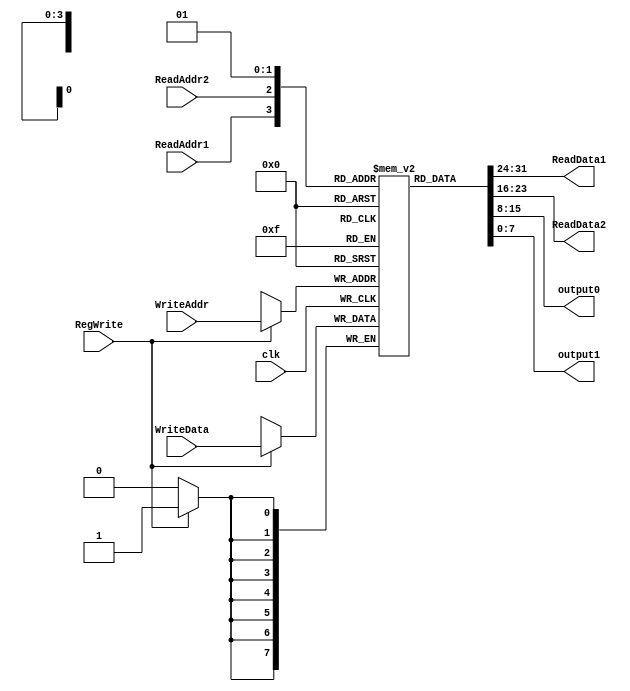
module REG(clk, RegWrite, ReadAddr1, ReadAddr2, WriteAddr, ReadData1, ReadData2, WriteData, output0, output1);

parameter DELAY_T = 10;  
parameter MIPS_REG_ADDR_W_m1 = 0;  
parameter MIPS_REG_DATA_W_m1 = 7;  
parameter MIPS_REG_NUM_m1 = 1;  
  
input clk, RegWrite;
input [MIPS_REG_ADDR_W_m1:0] ReadAddr1, ReadAddr2, WriteAddr;  
input [MIPS_REG_DATA_W_m1:0] WriteData;  
output [MIPS_REG_DATA_W_m1:0] ReadData1, ReadData2;
output [MIPS_REG_DATA_W_m1:0] output0, output1;

reg [MIPS_REG_DATA_W_m1:0] regs [0:MIPS_REG_NUM_m1];

integer i;

initial     //initialize all regs to 0 at startup
  begin
  for (i=0; i <= MIPS_REG_NUM_m1; i = i + 1)
    regs[i] = 0;
  end

always @(posedge clk) begin
  if (RegWrite == 1'b1)
    begin
    #DELAY_T 
    regs[WriteAddr] = WriteData;
    end
  //$display($time," ReadData1: %b",regs[ReadAddr1]);
  //$display($time," ReadData2: %b",regs[ReadAddr2]);
end

assign ReadData1 = regs[ReadAddr1];
assign ReadData2 = regs[ReadAddr2];
assign output0   = regs[0];
assign output1   = regs[1];

endmodule